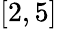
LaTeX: [2,5]